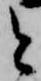
と